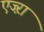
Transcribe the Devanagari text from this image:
एज्ऱा